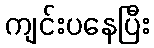
ကျင်းပနေပြီး